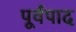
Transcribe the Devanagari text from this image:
पूर्वपाद